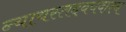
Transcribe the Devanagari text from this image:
न्यायस्तदवयवाश्च